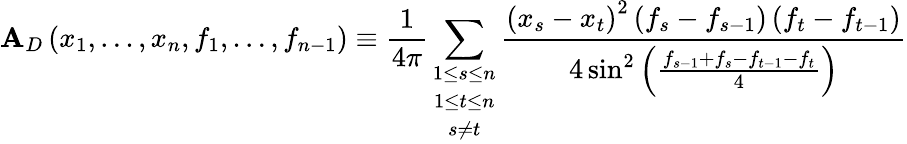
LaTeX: \mathbf{A}_{D}\left(x_{1},\ldots,x_{n},f_{1},\ldots,f_{n-1}\right)\equiv\frac{{1}}{{4\pi}}\sum_{\begin{array}{c}{{1\leq s\leq n}}\\ {{1\leq t\leq n}}\\ {{s\neq t}}\end{array}}\frac{{\left(x_{s}-x_{t}\right)^{2}\left(f_{s}-f_{s-1}\right)\left(f_{t}-f_{t-1}\right)}}{{4\sin^{2}\left(\frac{{f_{s-1}+f_{s}-f_{t-1}-f_{t}}}{{4}}\right)}}